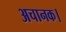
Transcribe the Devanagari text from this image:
अचानक।